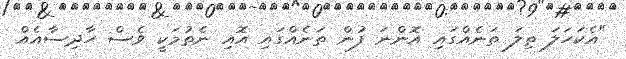
"އެކަހަލަ ތިލަ ތަނެއްގައި އޮންނަ ފުން ތަނެއްގައި އޮއި ނެތުމަކީ ވެސް ހާދިސާއެއް